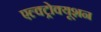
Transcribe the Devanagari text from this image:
एल्क्ट्रोक्यूशन